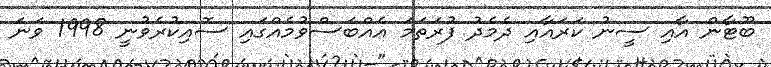
ބޫޓާން އާއި ސީނު ކަރައާއި ދެމެދު ފުރަތަމަ އެއްބަސްވުމެއްގައި ސޮއިކުރެވުނީ 1998 ވަނަ